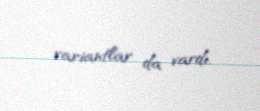
variantlar da vardı.